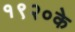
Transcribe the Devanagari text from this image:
१९२०के